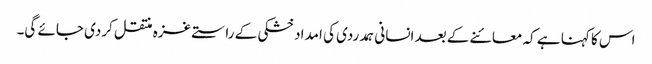
اس کا کہنا ہے کہ معائنے کے بعد انسانی ہمدردی کی امداد خشکی کے راستے غزہ منتقل کردی جائے گی۔